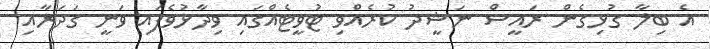
އެ ބިލާ ގުޅިގެން ރައީސް ނަޝީދު ކުރެއްވި ޓުވީޓެއްގައި ވިދާޅުވެފައި ވަނީ ގަދަރާއި